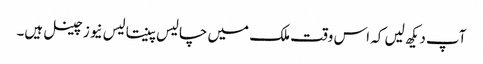
آپ دیکھ لیں کہ اس وقت ملک میں چالیس پینتالیس نیوز چینل ہیں۔